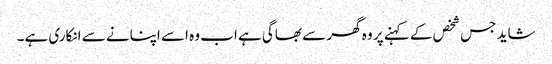
شاید جس شخص کے کہنے پر وہ گھر سے بھاگی ہے اب وہ اسے اپنانے سے انکاری ہے۔